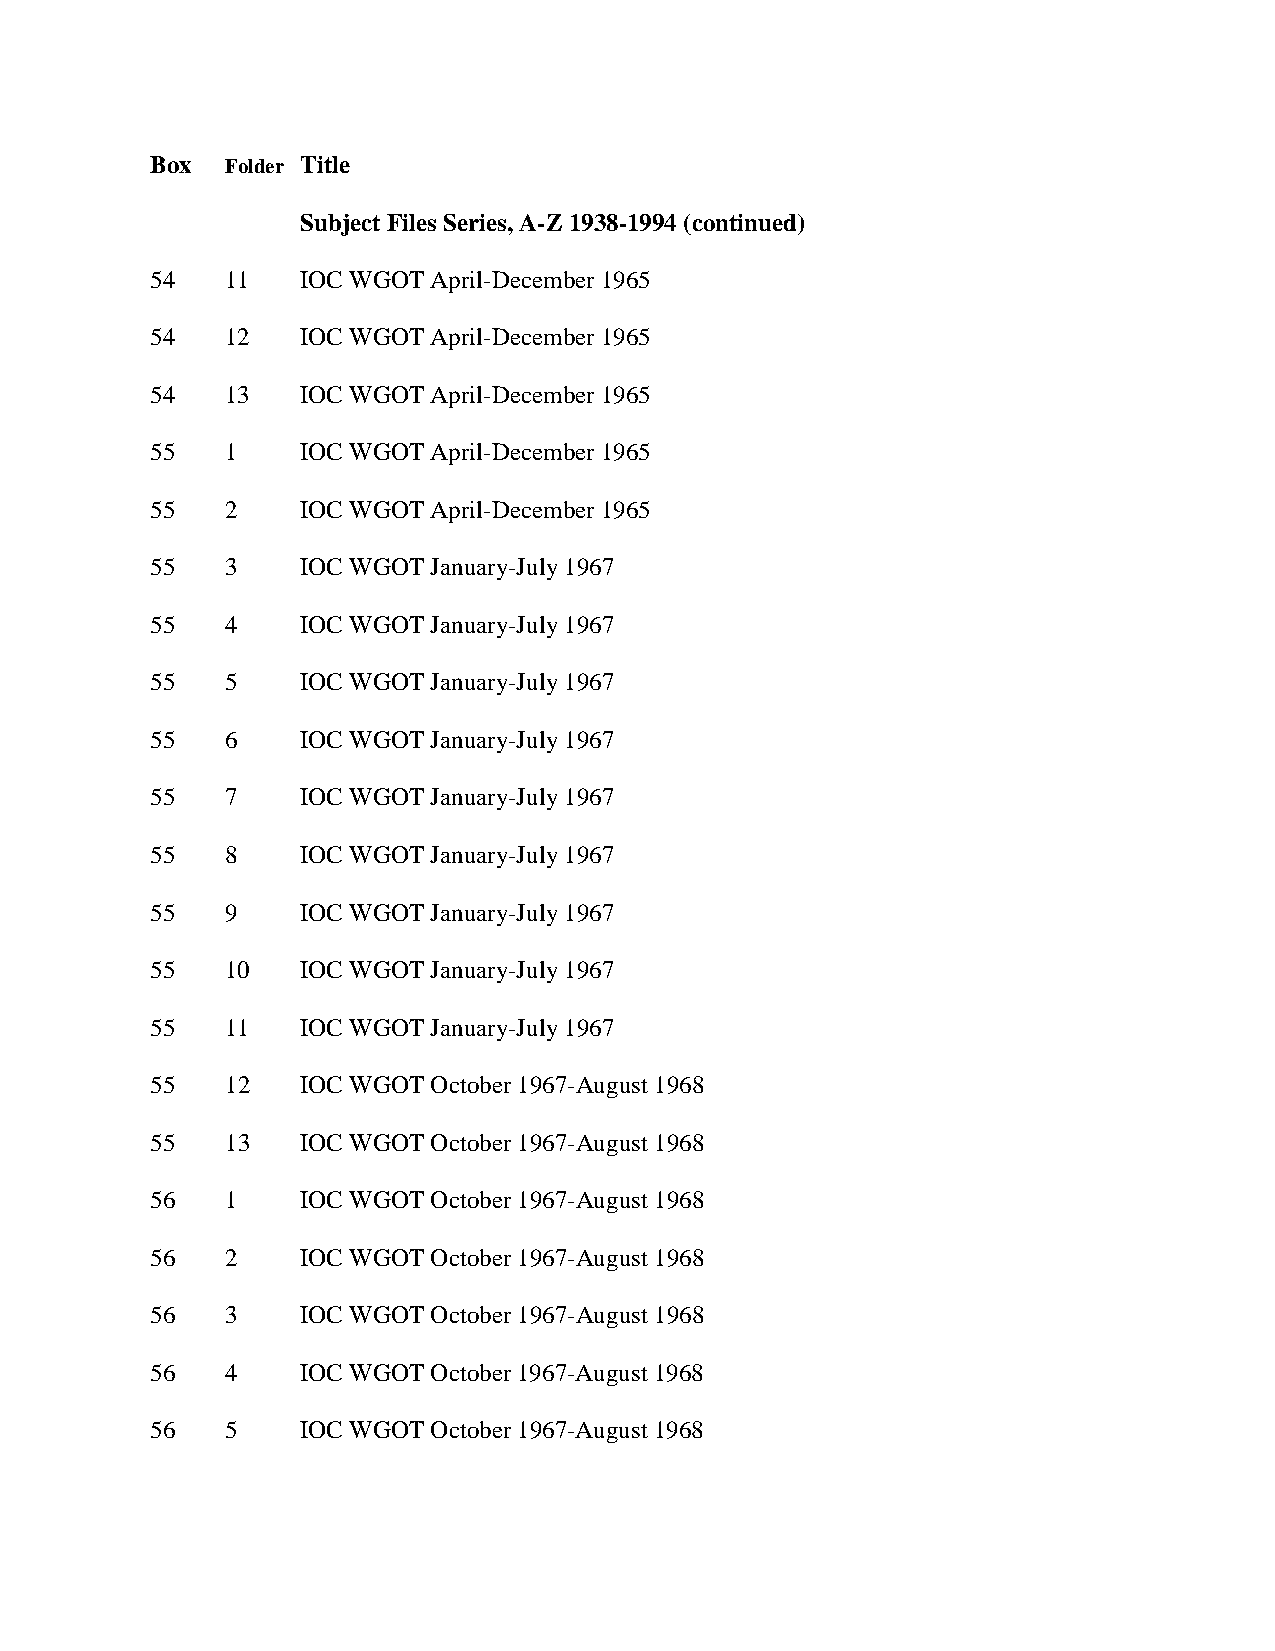
Box  Folder Title
 Subject Files Series, A-Z 1938-1994 (continued)
 54   11   IOC WGOT April-December 1965
 54   12   IOC WGOT April-December 1965
 54   13   IOC WGOT April-December 1965
 55   1    IOC WGOT April-December 1965
 55   2    IOC WGOT April-December 1965
 55   3    IOC WGOT January-July 1967
 55   4    IOC WGOT January-July 1967
 55   5    IOC WGOT January-July 1967
 55   6    IOC WGOT January-July 1967
 55   7    IOC WGOT January-July 1967
 55   8    IOC WGOT January-July 1967
 55   9    IOC WGOT January-July 1967
 55   10   IOC WGOT January-July 1967
 55   11   IOC WGOT January-July 1967
 55   12   IOC WGOT October 1967-August 1968
 55   13   IOC WGOT October 1967-August 1968
 56   1    IOC WGOT October 1967-August 1968
 56   2    IOC WGOT October 1967-August 1968
 56   3    IOC WGOT October 1967-August 1968
 56   4    IOC WGOT October 1967-August 1968
 56   5    IOC WGOT October 1967-August 1968